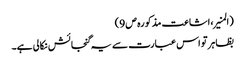
(المنیر،اشاعت مذکورہ ص 9)
بظاہر تو اس عبارت سے یہ گنجائش نکالی ہے۔